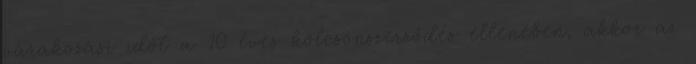
várakozási időt a 10 éves kölcsönszerződés ellenében, akkor az